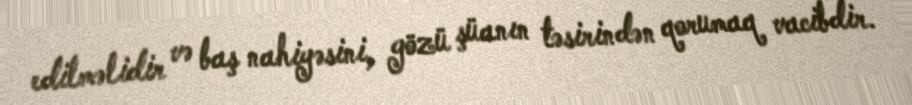
edilməlidir və baş nahiyəsini, gözü şüanın təsirindən qorumaq vacibdir.